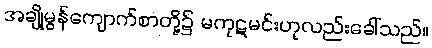
အချို့မွန်ကျောက်စာတို့၌ မကုဋမင်းဟုလည်းခေါ်သည်။